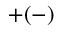
+ ( - )